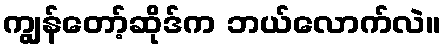
ကျွန်တော့်ဆိုဒ်က ဘယ်လောက်လဲ။